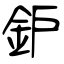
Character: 鈩